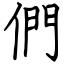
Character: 們